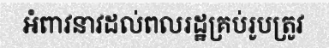
អំពាវនាវដល់ពលរដ្ឋគ្រប់រូបត្រូវ